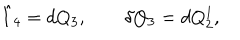
LaTeX: \hat { I } _ { 4 } = d Q _ { 3 } , \qquad \delta Q _ { 3 } = d Q _ { 2 } ^ { 1 } ,